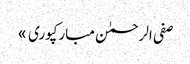
صفی الرحمٰن مبارکپوری »